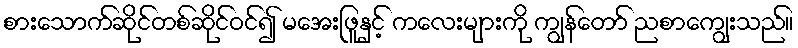
စားသောက်ဆိုင်တစ်ဆိုင်ဝင်၍ မအေးဖြူနှင့် ကလေးများကို ကျွန်တော် ညစာကျွေးသည်။